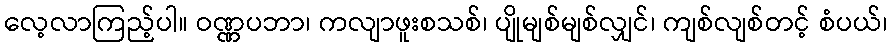
လေ့လာကြည့်ပါ။ ဝဏ္ဏပဘာ၊ ကလျာဖူးစသစ်၊ ပျိုမျစ်မျစ်လျှင်၊ ကျစ်လျစ်တင့် စံပယ်၊